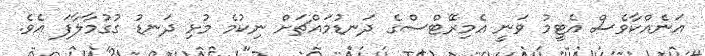
އަނެއްކާވެސް އެޓީމު ވަނީ އެމިރޭޓްސްގެ ދަނޑުމައްޗަށް ނިކުމެ މުޅި ދަނޑު ގުގުމާލާފަ އެވެ.